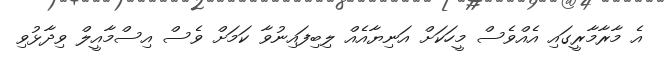
އެ މާރާމާރީގައި އެއްވެސް މީހަކަށް އަނިޔާއެއް ލިބިފައިނުވާ ކަމަށް ވެސް އިސްމާއީލް ވިދާޅުވި